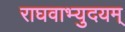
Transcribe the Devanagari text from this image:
राघवाभ्युदयम्